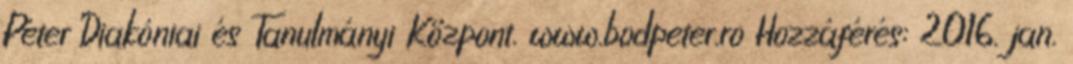
Péter Diakóniai és Tanulmányi Központ. www.bodpeter.ro Hozzáférés: 2016. jan.